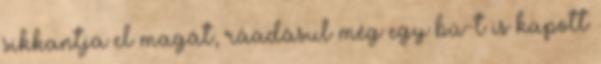
sikkantja el magát, ráadásul még egy bú-t is kapott